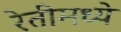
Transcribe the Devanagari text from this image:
रेतीमध्ये